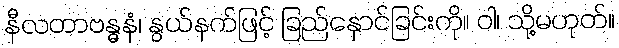
နီလတာဗန္ဓနံ၊ နွယ်နက်ဖြင့် ခြည်နှောင်ခြင်းကို။ ဝါ၊ သို့မဟုတ်။